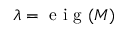
\lambda = \mathrm { ~ e ~ i ~ g ~ } ( M )